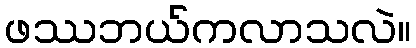
ဖဿဘယ်ကလာသလဲ။